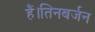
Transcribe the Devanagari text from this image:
हैं।तिनबर्जन